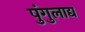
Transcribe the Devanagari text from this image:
पुंगुलाद्य